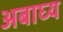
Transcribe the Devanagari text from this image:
अबाघ्य